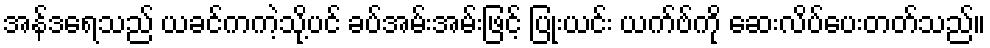
အန်ဒရေသည် ယခင်ကကဲ့သို့ပင် ခပ်အမ်းအမ်းဖြင့် ပြုံးယင်း ယက်ဗ်ကို ဆေးလိပ်ပေးတတ်သည်။